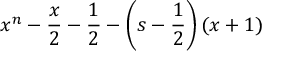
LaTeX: x ^ { n } - { \frac { x } { 2 } } - { \frac { 1 } { 2 } } - \left( s - { \frac { 1 } { 2 } } \right) ( x + 1 )